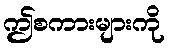
ဤစကားများကို